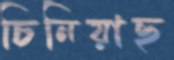
চিনিয়াছ